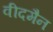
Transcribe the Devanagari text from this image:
वीदमैन